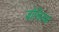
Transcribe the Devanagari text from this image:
जोलियम